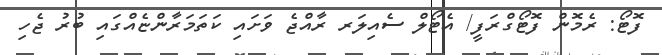
ފޮޓޯ: ރެމޮން ފޮޓޯގްރަފީ/ އެޓޯލް ސެއިލަރ ރާއްޖެ ވަށައި ކަތަމަރާންޏެއްގައި ބުރު ޖެހި